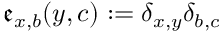
\mathfrak { e } _ { x , b } ( y , c ) : = \delta _ { x , y } \delta _ { b , c }